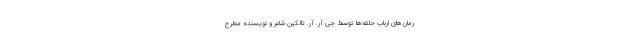
رمان‌های ارباب حلقه‌ها توسط جی آر. آر. تالکین شاعر و نویسنده مطرح